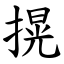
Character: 㨪